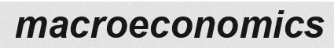
macroeconomics